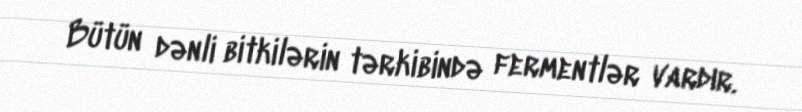
Bütün dənli bitkilərin tərkibində fermentlər vardır.